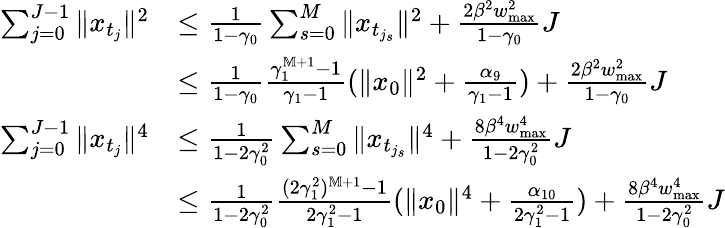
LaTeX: \begin{array}{rl}{\sum_{j=0}^{J-1}\| x_{t_{j}}\| ^{2}}&{\leq\frac{1}{1-\gamma_{0}}\sum_{s=0}^{M}\| x_{t_{j_{s}}}\| ^{2}+\frac{2\beta^{2}w_{\operatorname*{max}}^{2}}{1-\gamma_{0}}J}\\ &{\leq\frac{1}{1-\gamma_{0}}\frac{\gamma_{1}^{\mathbb M+1}-1}{\gamma_{1}-1}(\| x_{0}\| ^{2}+\frac{\alpha_{9}}{\gamma_{1}-1})+\frac{2\beta^{2}w_{\operatorname*{max}}^{2}}{1-\gamma_{0}}J}\\ {\sum_{j=0}^{J-1}\| x_{t_{j}}\| ^{4}}&{\leq\frac{1}{1-2\gamma_{0}^{2}}\sum_{s=0}^{M}\| x_{t_{j_{s}}}\| ^{4}+\frac{8\beta^{4}w_{\operatorname*{max}}^{4}}{1-2\gamma_{0}^{2}}J}\\ &{\leq\frac{1}{1-2\gamma_{0}^{2}}\frac{(2\gamma_{1}^{2})^{\mathbb M+1}-1}{2\gamma_{1}^{2}-1}(\| x_{0}\| ^{4}+\frac{\alpha_{10}}{2\gamma_{1}^{2}-1})+\frac{8\beta^{4}w_{\operatorname*{max}}^{4}}{1-2\gamma_{0}^{2}}J}\end{array}